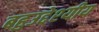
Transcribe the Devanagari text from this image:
बहुउद्देश्‍यीय